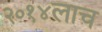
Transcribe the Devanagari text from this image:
२०१४लाच